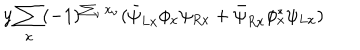
y \sum _ { x } ( - 1 ) ^ { \sum _ { \nu } x _ { \nu } } ( \bar { \psi } _ { L x } \phi _ { x } \psi _ { R x } + \bar { \psi } _ { R x } \phi _ { x } ^ { * } \psi _ { L x } )